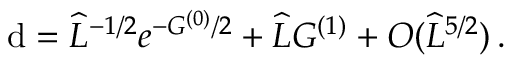
\mathrm { d } = \widehat { L } ^ { - 1 / 2 } e ^ { - G ^ { ( 0 ) } / 2 } + \widehat { L } G ^ { ( 1 ) } + { \cal O } ( \widehat { L } ^ { 5 / 2 } ) \, .